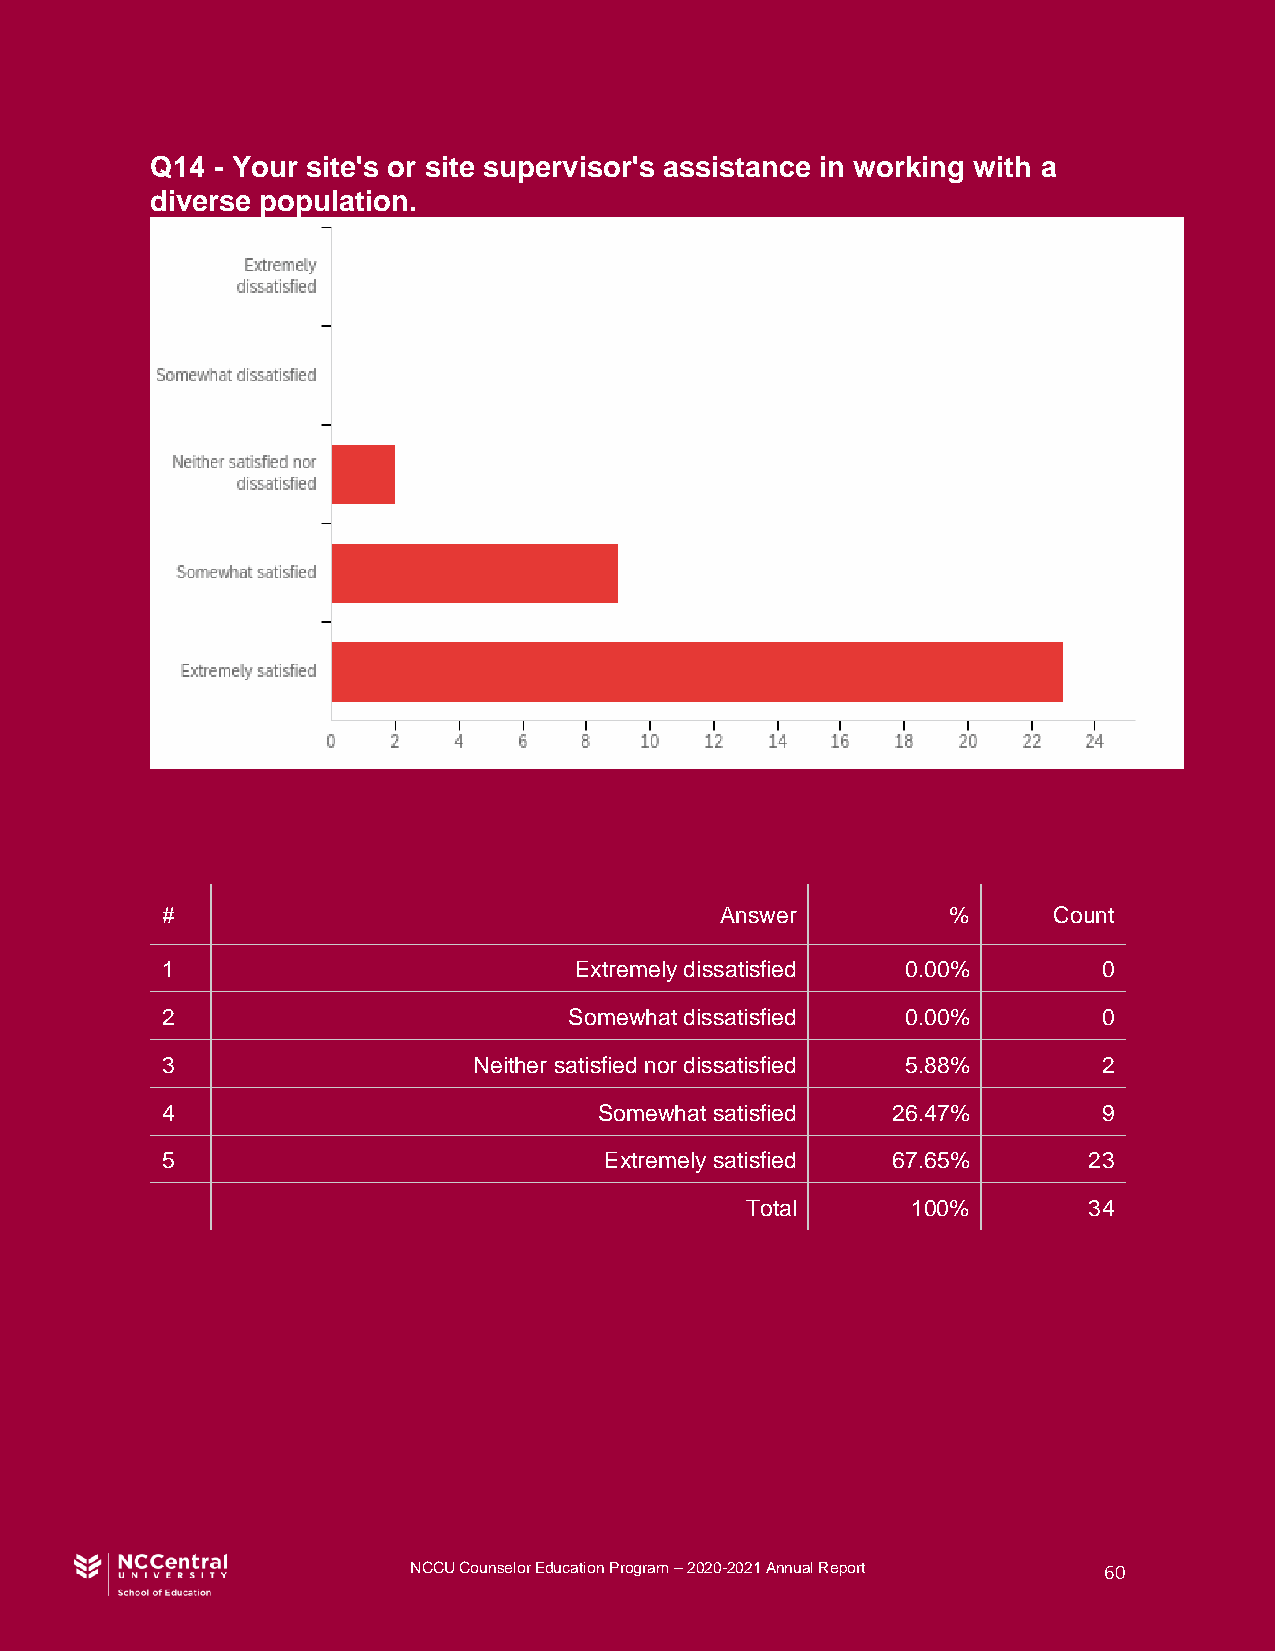
Q14 - Your site's or site supervisor's assistance in working with a
 diverse population.
 #                                    Answer         %      Count
 1                          Extremely dissatisfied 0.00%       0
 2                          Somewhat dissatisfied 0.00%        0
 3                   Neither satisfied nor dissatisfied 5.88%  2
 4                            Somewhat satisfied 26.47%        9
 5                            Extremely satisfied 67.65%      23
 Total      100%        34
 NCCU Counselor Education Program – 2020-2021 Annual Report 60